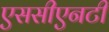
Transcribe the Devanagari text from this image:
एससीएनटी